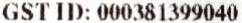
GST ID: 000381399040